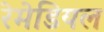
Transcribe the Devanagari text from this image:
रेमेडियल